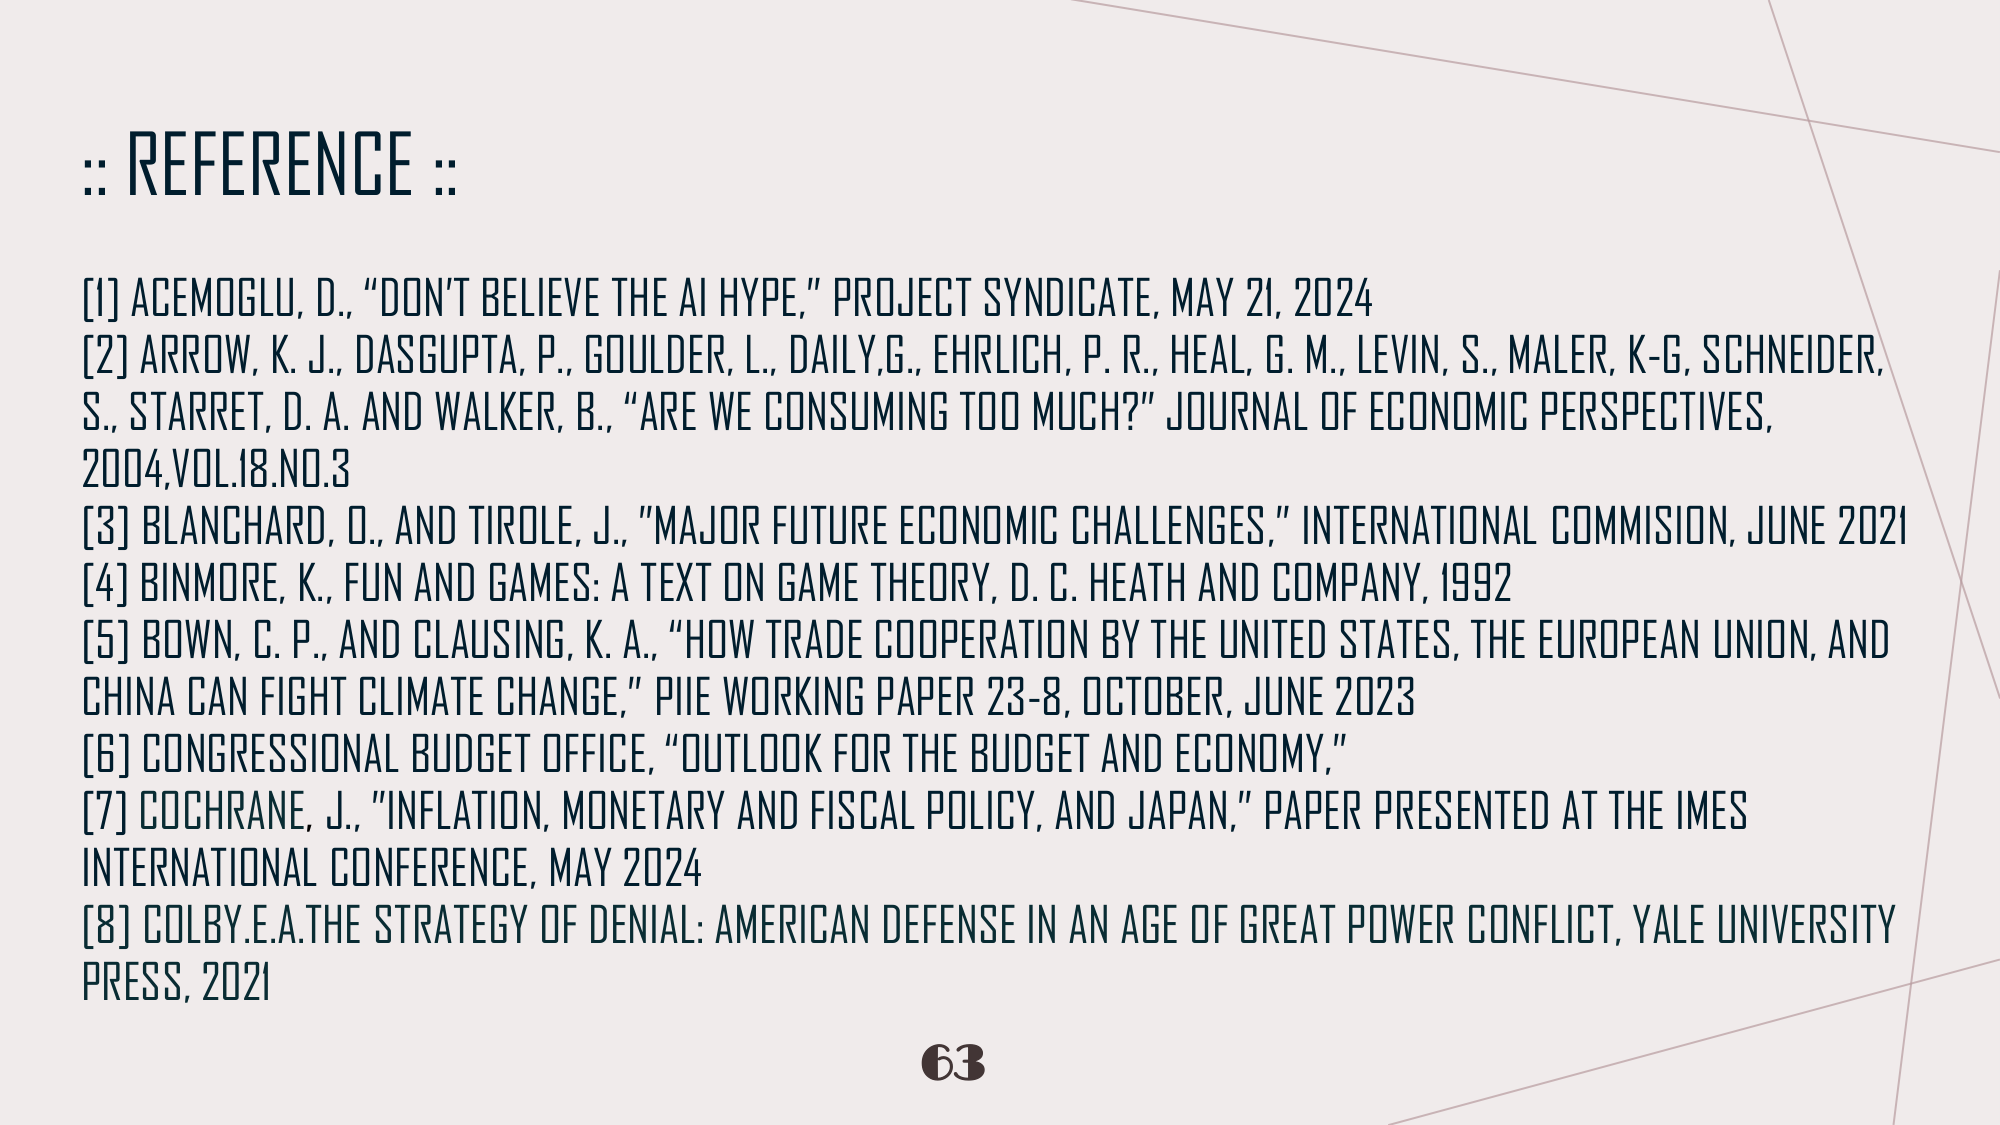
:: REFERENCE ::

[1] ACEMOGLU, D., "DON'T BELIEVE THE AI HYPE," PROJECT SYNDICATE, MAY 21, 2024
[2] ARROW, K. J., DASGUPTA, P., GOULDER, L., DAILY, G., EHRLICH, P. R., HEAL, G. M., LEVIN, S., MALER, K-G, SCHNEIDER, S., STARRET, D. A. AND WALKER, B., "ARE WE CONSUMING TOO MUCH?" JOURNAL OF ECONOMIC PERSPECTIVES, 2004, VOL.18. NO.3
[3] BLANCHARD, O., AND TIROLE, J., "MAJOR FUTURE ECONOMIC CHALLENGES," INTERNATIONAL COMMISSION, JUNE 2021
[4] BINMORE, K., FUN AND GAMES: A TEXT ON GAME THEORY, D. C. HEATH AND COMPANY, 1992
[5] BOWN, C. P., AND CLAUSING, K. A., "HOW TRADE COOPERATION BY THE UNITED STATES, THE EUROPEAN UNION, AND CHINA CAN FIGHT CLIMATE CHANGE," PIE WORKING PAPER 23-8, OCTOBER, JUNE 2023
[6] CONGRESSIONAL BUDGET OFFICE, "OUTLOOK FOR THE BUDGET AND ECONOMY,"
[7] COCHRANE, J., "INFLATION, MONETARY AND FISCAL POLICY, AND JAPAN," PAPER PRESENTED AT THE IMES INTERNATIONAL CONFERENCE, MAY 2024
[8] COLBY, E.A. THE STRATEGY OF DENIAL: AMERICAN DEFENSE IN AN AGE OF GREAT POWER CONFLICT, YALE UNIVERSITY PRESS, 2021

63